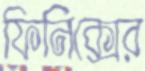
ফিনিক্সের